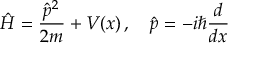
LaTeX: { \hat { H } } = { \frac { { \hat { p } } ^ { 2 } } { 2 m } } + V ( x ) \, , \quad { \hat { p } } = - i \hbar { \frac { d } { d x } }